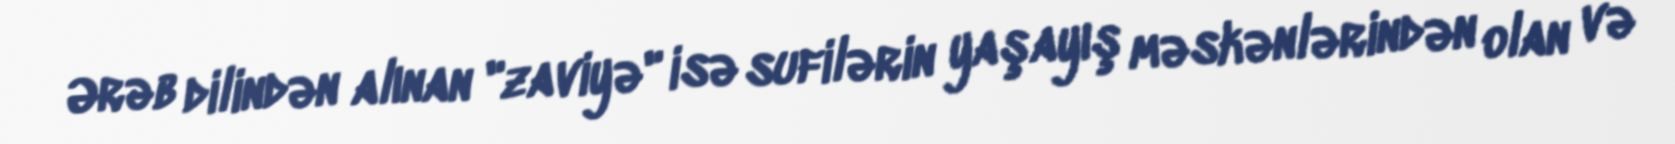
Ərəb dilindən alınan "zaviyə" isə sufilərin yaşayış məskənlərindən olan və